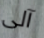
آلى